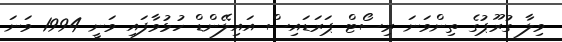
ވިލާ ގުރޫޕުގެ ތިންވަނަ ރިސޯޓް ޕަރަޑައިސް އައިލޭންޑް ހުޅުވާފައި ވަނީ 1994 ވަނަ